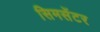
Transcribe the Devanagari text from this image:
सिमसेंटर